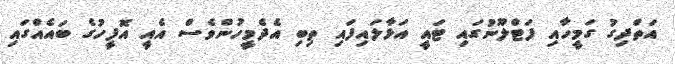
އަތްދިގު ގަމީހާއި ފަޓްލޫނުގައި ޓައީ އަޅާލައިފައި ތިބި އެދެމީހުންވެސް އެއީ އޮފީހުގެ ބައެއްގައި